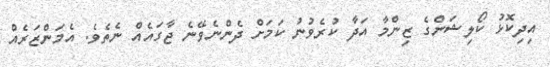
އިދިކޮޅު ކޯލިޝަންގެ ޒިންމާ އަދާ ކުރެވުނު ކަމަށް ދެންނެވޭނެ ޖާގައެއް ނެތެވެ. އެމަންޒަރެއް